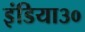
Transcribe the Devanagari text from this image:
इंडिया३०